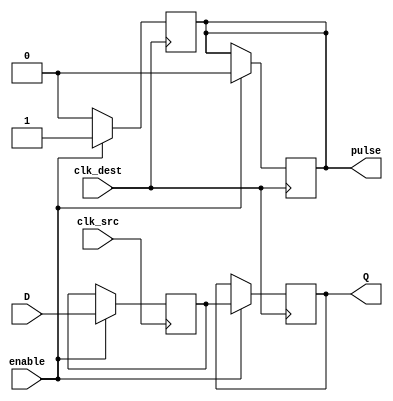
module pulsed_synchronizer #(
    parameter WIDTH = 1 // Width of the data input
)(
    input wire [WIDTH-1:0] D,          // Data input from source clock domain
    input wire clk_src,                 // Source clock
    input wire clk_dest,                // Destination clock
    input wire enable,                  // Enable signal
    output reg [WIDTH-1:0] Q,           // Synchronized output
    output reg pulse                    // Pulsed control signal
);

    // Intermediate signal to hold the sampled data
    reg [WIDTH-1:0] sampled_data;

    // First flip-flop to capture data from source clock domain
    always @(posedge clk_src) begin
        if (enable) begin
            sampled_data <= D; // Sample data on rising edge of source clock
        end
    end

    // Second flip-flop to synchronize sampled data to destination clock domain
    always @(posedge clk_dest) begin
        if (enable) begin
            Q <= sampled_data; // Capture the sampled data on rising edge of destination clock
            pulse <= 1'b1;     // Generate a pulse to indicate valid data
        end else begin
            pulse <= 1'b0;     // Deactivate pulse if not enabled
        end
    end

    // Pulse duration control (optional, can be modified as needed)
    always @(posedge clk_dest) begin
        if (enable) begin
            pulse <= 1'b1; // Set pulse high
            #1 pulse <= 1'b0; // Short pulse duration (1 time unit)
        end
    end

endmodule